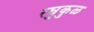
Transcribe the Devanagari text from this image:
रघुकुळ